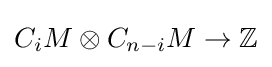
C_{i}M\otimes C_{n-i}M\to \mathbb {Z}